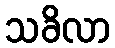
သခိလာ